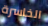
الخاسرة